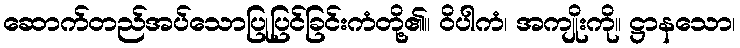
ဆောက်တည်အပ်သောပြုပြင်ခြင်းကံတို့၏။ ဝိပါကံ၊ အကျိုးကို။ ဋ္ဌာနသော၊